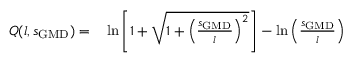
\begin{array} { r l } { Q ( l , s _ { \mathrm { G M D } } ) = } & { { } \ln \left[ 1 + \sqrt { 1 + \left( \frac { s _ { \mathrm { G M D } } } { l } \right) ^ { 2 } } \right] - \ln \left( \frac { s _ { \mathrm { G M D } } } { l } \right) } \end{array}